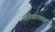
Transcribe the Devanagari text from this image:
कोवाक्स